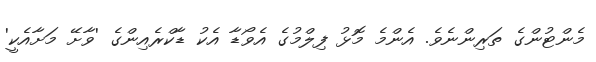
މެންޓުންގެ ތަރިންނެވެ. އެންމެ މޮޅު ފިލްމުގެ އެވޯޑާ އެކު ޑާކްރެއިންގެ 'ވާށޭ މަށާއެކީ'